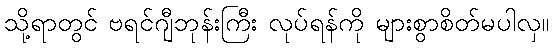
သို့ရာတွင် ဗရင်ဂျီဘုန်းကြီး လုပ်ရန်ကို များစွာစိတ်မပါလှ။